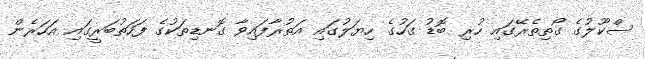
ސްކޫލުގެ ގޯތިތެރޭގައި ހުރި ބޮޑު ގަހުގެ ހިޔަލުގައި އަތުރާފައިވާ ގޮނޑިތަކުގެ ފަހަތުބަރީގައި އަހަރެން